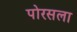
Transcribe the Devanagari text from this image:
पोरसला